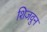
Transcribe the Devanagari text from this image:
शिजवुन